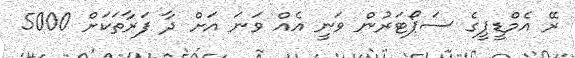
ރޭ އެމްޑީޕީގެ ސަޕޯޓަރުން ވަނީ އެއް ވަނަ އަށް ދާ ފަރާތަކަށް 5000